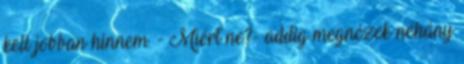
kell jobban hinnem. - Miért ne?- addig megnézek néhány